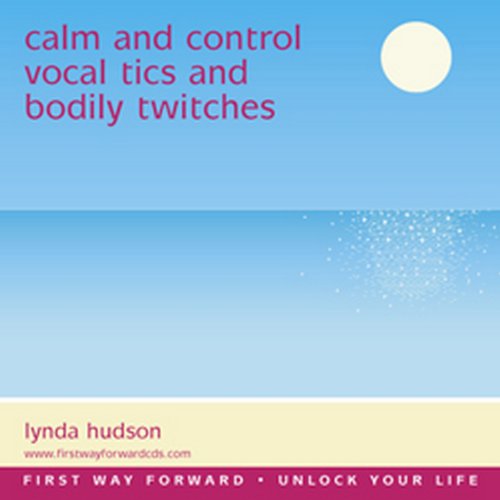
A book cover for Vocal Tics and Bodily Twitches 8yrs +: Helping to Manage the Symptoms (Lynda Hudson's Unlock Your Life Audio CDs for Children and Teenagers) (Lynda ... Your Life" Audio CDs for Children); Lynda Hudson; Parenting & Relationships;